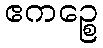
ဧကဉ္စေ